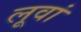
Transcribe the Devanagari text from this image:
लूवां